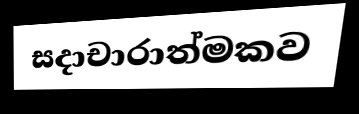
සදාචාරාත්මකව